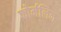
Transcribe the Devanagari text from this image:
फोर्मलिन